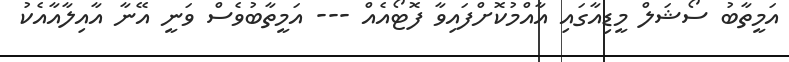
އަމީތާބު ސޯޝަލް މީޑިއާގައި އާއްމުކޮށްފައިވާ ފޮޓޯއެއް --- އަމީތާބުވެސް ވަނީ އޭނާ އާއިލާއާއެކު